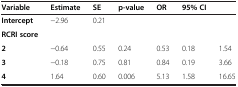
| Variable | Estimate | SE | p-value | OR | 95% CI |  |
 | --- | --- | --- | --- | --- | --- | --- |
 | Intercept | -2.96 | 0.21 |  |  |  |  |
 | RCRI score |  |  |  |  |  |  |
 | 2 | -0.64 | 0.55 | 0.24 | 0.53 | 0.18 | 1.54 |
 | 3 | -0.18 | 0.75 | 0.81 | 0.84 | 0.19 | 3.66 |
 | 4 | 1.64 | 0.60 | 0.006 | 5.13 | 1.58 | 16.65 |